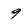
Character: 9